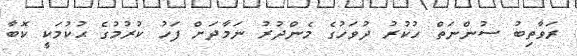
ރަވާތިބު ސުންނަތް ހުކުރު ދުވަހުގެ މެންދުރު ނަމާދަށް ފަހު ކުރުމުގެ ޙުކުމަކީ ކޮބާ